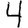
Digit: 4